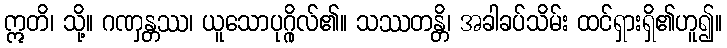
ဣတိ၊ သို့။ ဂဏှန္တဿ၊ ယူသောပုဂ္ဂိုလ်၏။ သဿတန္တိ၊ အခါခပ်သိမ်း ထင်ရှားရှိ၏ဟူ၍။